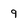
Character: 9